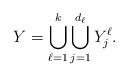
LaTeX: \begin{align*}Y=\bigcup_{\ell=1}^k\bigcup_{j=1}^{d_\ell}Y_j^\ell.\end{align*}